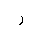
Letter: _ra